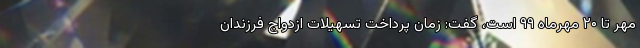
مهر تا ۲۰ مهرماه ۹۹ است، گفت: زمان پرداخت تسهیلات ازدواج فرزندان